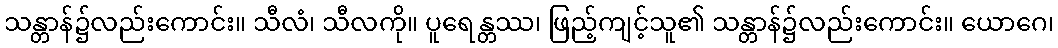
သန္တာန်၌လည်းကောင်း။ သီလံ၊ သီလကို။ ပူရေန္တဿ၊ ဖြည့်ကျင့်သူ၏ သန္တာန်၌လည်းကောင်း။ ယောဂေ၊